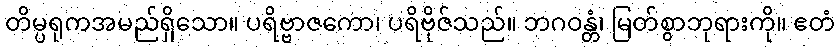
တိမ္ပရုကအမည်ရှိသော။ ပရိဗ္ဗာဇကော၊ ပရိဗိုဇ်သည်။ ဘဂဝန္တံ၊ မြတ်စွာဘုရားကို။ ဧတံ